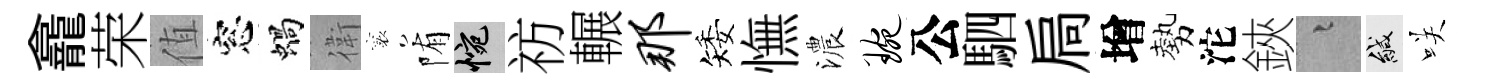
龕荣值窓蝸衛襄陏惋祊輾那矮憮濃琬公駟扃增勢沱鋏融緘咲